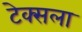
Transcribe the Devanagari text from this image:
टेक्सला